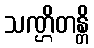
သဏ္ဌိတန္တိ